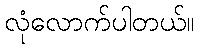
လုံလောက်ပါတယ်။